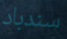
سندباد